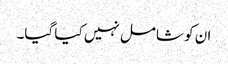
ان کو شامل نہیں کیا گیا۔